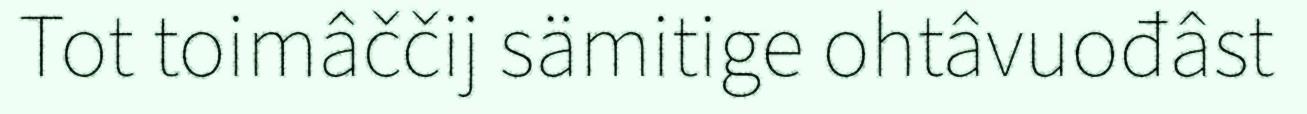
Tot toimâččij sämitige ohtâvuođâst